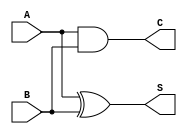
module HA (
    input A, B,
    output S, C
);
    assign S = A ^ B;
    assign C = A & B;
endmodule